Medical and sanitary report of the native army of Madras for the year
Year: 1878
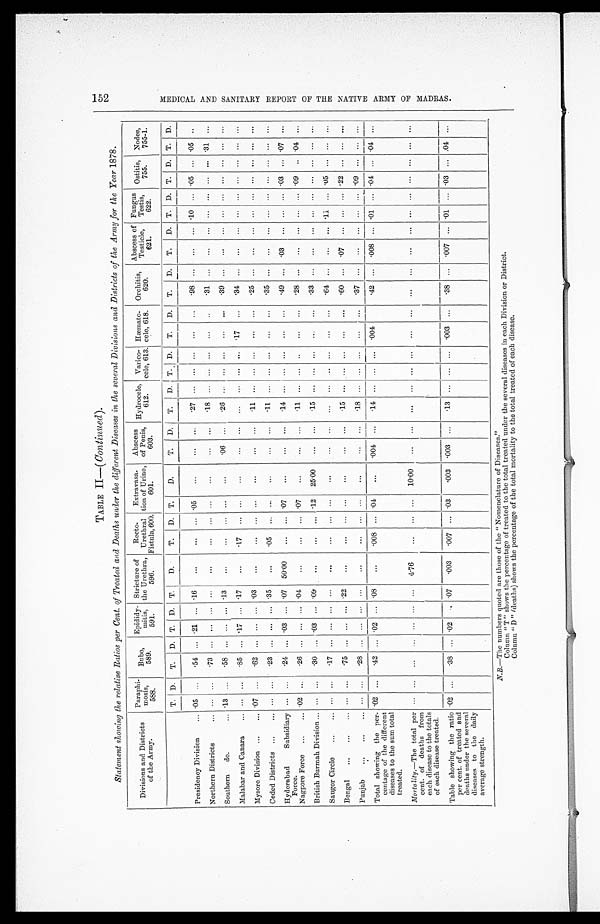
TABLE II—(Continued).
Statement showing the relative Ratios per Cent. of Treated and Deaths under the different Diseases in the several Divisions and Districts of the Army for the Year 1878.
Divisions and Districts
of the Army.
Paraphi-
mosis,
588.
Bubo,
589.
Epididy-
mitis
591.
Stricture of
the Urethra
596.
Recto-
Urethral
Fistula, 600.
Extravasa-
tion of Urine
601.
Abscess
of Penis
603.
Hydrocele ,
612.
Varico
-cele, 613.
Hæmato-
cele, 618.
Orchitis,
620.
Abscess of
Testicle
621.
Fungus
Testis
622.
Ostitis, 755.
Nodes 755-1.
T. D.
T.
D. T. D. T.
D.
T.
D. T.
D.
T.
D.
T.
D. T. D.
T.
D. T.
D.
T.
D. T. D. T. D. T. D.
Presidency Division . . . .05
. . .
. 5 4
. . . .21
. . . .16
. . .
. . .
. . .
. 0 5
. . .
. . .
. . .
. 2 7
. . . . . .
. . . . . .
. . .
. 9 8
. . .
. . .
. . . 10
. . .
. 0 5
. . .
. 0 5
. . .
Northern Districts . . .
. . .
. . .
.73
. . .
. . . . . .
. . .
. . .
. . .
. . .
. . .
. . .
. . .
. . .
1 8
. . . . . .
. . . . . .
. . . .31
. . .
. . .
. . .
. . . . . .
. . .
. . . 31
. . .
Southern do. . . .
.13
. . .
. 5 8 . . .
. . . . . .
. 1 3
. . .
. . .
. . .
. . .
. . .
.06
. . . .26
. . . . . .
. . . . . .
. . .
. 3 9
. . .
. . .
. . .
. . . . . .
. . .
. . .
. . .
. . .
Malabar and Canara . . . . . .
. . .
. 8 5
. . . .17
. . . .17
. . .
. 1 7
. . .
. . .
. . .
. . .
. . .
. . .
. . . . . .
. . .
.17
. . .
.34
. . .
. . .
. . .
. . . . . .
. . .
. . .
. . . . . .
Mysore Division . . . .07
. . .
. 6 2
. . .
. . . . . . .03
. . .
. . .
. . .
. . .
. . .
. . .
. . .
. 1 1
. . . . . .
. . . . . .
. . .
. 2 5
. . .
. . .
. . .
. . . . . .
. . .
. . .
. . .
. . .
Ceded Districts . . . . . .
. . .
. 2 3
. . .
. . .
. . .
. 3 5
. . .
.05
. . .
. . .
. . .
. . .
. . .
. 1 1
. . . . . .
. . . . . .
. . . 35
. . .
. . .
. . .
. . . . . .
. . .
. . .
. . .
. . .
Hyderabad Subsidiary
Force.
. . .
. . .
. 2 4
. . . .03
. . . .07 50.00
. . .
. . . .07
. . .
. . .
. . .
. 1 4
. . . . . .
. . .
. . .
. . .
.49
. . . .03
. . .
. . . . . . .03
. . . .07
. . .
Nagpore Force . . . .02
. . .
. 2 6
. . .
. . . . . . .04
. . .
. . .
. . .
. 0 7
. . .
. . .
. . .
. 1 1
. . . . . .
. . . . . .
. . .
. 2 8
. . .
. . .
. . .
. . . . . .
. 0 9
. . .
. 0 4
. . .
British Burmah Division . . . . . .
. . .
. 3 0
. . . .03
. . . .09
. . .
. . .
. . .
. 1 2 25.00
. . .
. . .
. 1 5
. . . . . .
. . . . . .
. . . .33
. . .
. . .
. . .
. . . . . .
. . .
. . .
. . .
. . .
Saugor Circle . . . . . .
. . .
. 1 7
. . .
. . .
. . .
. . .
. . .
. . .
. . .
. . .
. . .
. . .
. . .
. . .
. . . . . .
. . . . . .
. . .
. 6 4
. . .
. . .
. . . .11 . . . .05
. . .
. . .
. . .
Bengal . . .
. . .
. . .
. 7 5 . . .
. . . . . .
. 2 2
. . .
. . .
. . .
. . .
. . .
. . .
. . .
. 1 5
. . . . . .
. . . . . .
. . .
. 6 0
. . .
. 0 7
. . .
. . . . . .
. 2 2
. . .
. . .
. . .
Punjab . . . . . .
. . .
. 2 8
. . .
. . .
. . .
. . .
. . .
. . .
. . .
. . .
. . .
. . .
. . . .18
. . . . . .
. . . . . .
. . . .37
. . .
. . .
. . .
. . .
. . .
.09
. . .
. . .
. . .
Total showing the per-
centage of the different
diseases to the sum total
treated.
.02
. . .
. 4 2
. . .
. 0 2 . . . .08
. . .
.008
. . .
. 0 4
. . .
.004
. . .
. 1 4 . . . . . .
. . .
.004
.42
. . .
. 0 0 8
. . . .01 . . . .04
. . . .04
. . .
Mortality .—The total per-
cent. of deaths from
each disease to the totals
of each disease treated.
. . .
. . .
. . .
. . .
. . .
. . .
. . .
4 . 7 6
. . . . . .
. . .
1 0 . 0 0
. . .
. . .
. . .
. . . . . .
. . . . . .
. . .
. . .
. . .
. . .
. . .
. . . . . .
. . .
. . .
. . .
. . .
Table showing the ratio
per cent. of treated and
deaths under the several
diseases to the daily
average strength.
.02
. . .
. 3 8
. . . .02
. . . .07
.003
.007
. . . .03
.003 .003
. . .
.13
. . . . . .
. . .
.003
. . .
.38
. . . .007
. . . .01 . . . .03
. . . .04
. . .
N.B.—The numbers quoted are those of the "Nomenclature of Diseases."
Column "T" shows the percentage of treated to the total treated under the several diseases in each Division or District.
Column "D" (deaths) shows the percentage of the total mortality to the total treated of each disease.
152
M E D I C A L A N D S A N I T A R Y R E P O R T O F T H E N A T I V E A R M Y O F M A D R A S .